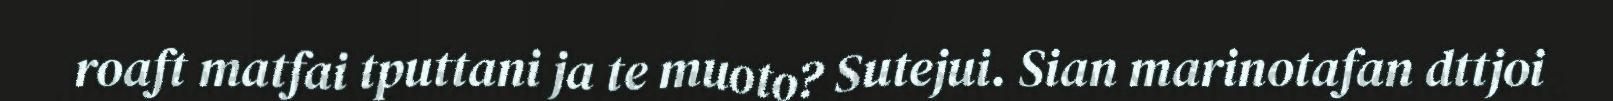
roaft matfai tputtani ja te muoto? Sutejui. Sian marinotafan dttjoi